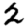
Digit: 2